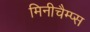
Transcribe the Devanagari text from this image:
मिनीचैम्प्स